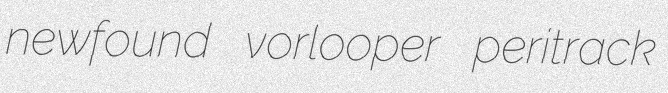
newfound vorlooper peritrack